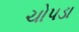
ચોપડા